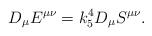
LaTeX: \begin{align*}D_\mu E^{\mu\nu} = k_5^4 D_\mu S^{\mu\nu}. \end{align*}